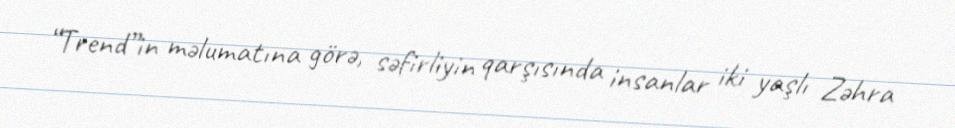
“Trend”in məlumatına görə, səfirliyin qarşısında insanlar iki yaşlı Zəhra